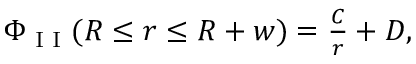
\begin{array} { r } { \Phi _ { \textrm { I I } } ( R \leq r \leq R + w ) = \frac { C } { r } + D , } \end{array}